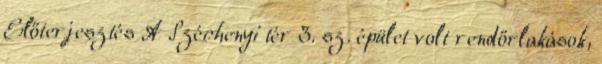
Előterjesztés A Széchenyi tér 3. sz. épület volt rendőrlakások,